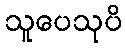
သူပေသုပိ